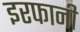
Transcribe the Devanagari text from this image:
इरफानी